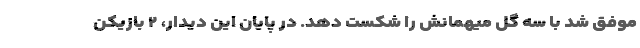
موفق شد با سه گل میهمانش را شکست دهد. در پایان این دیدار، ۲ بازیکن